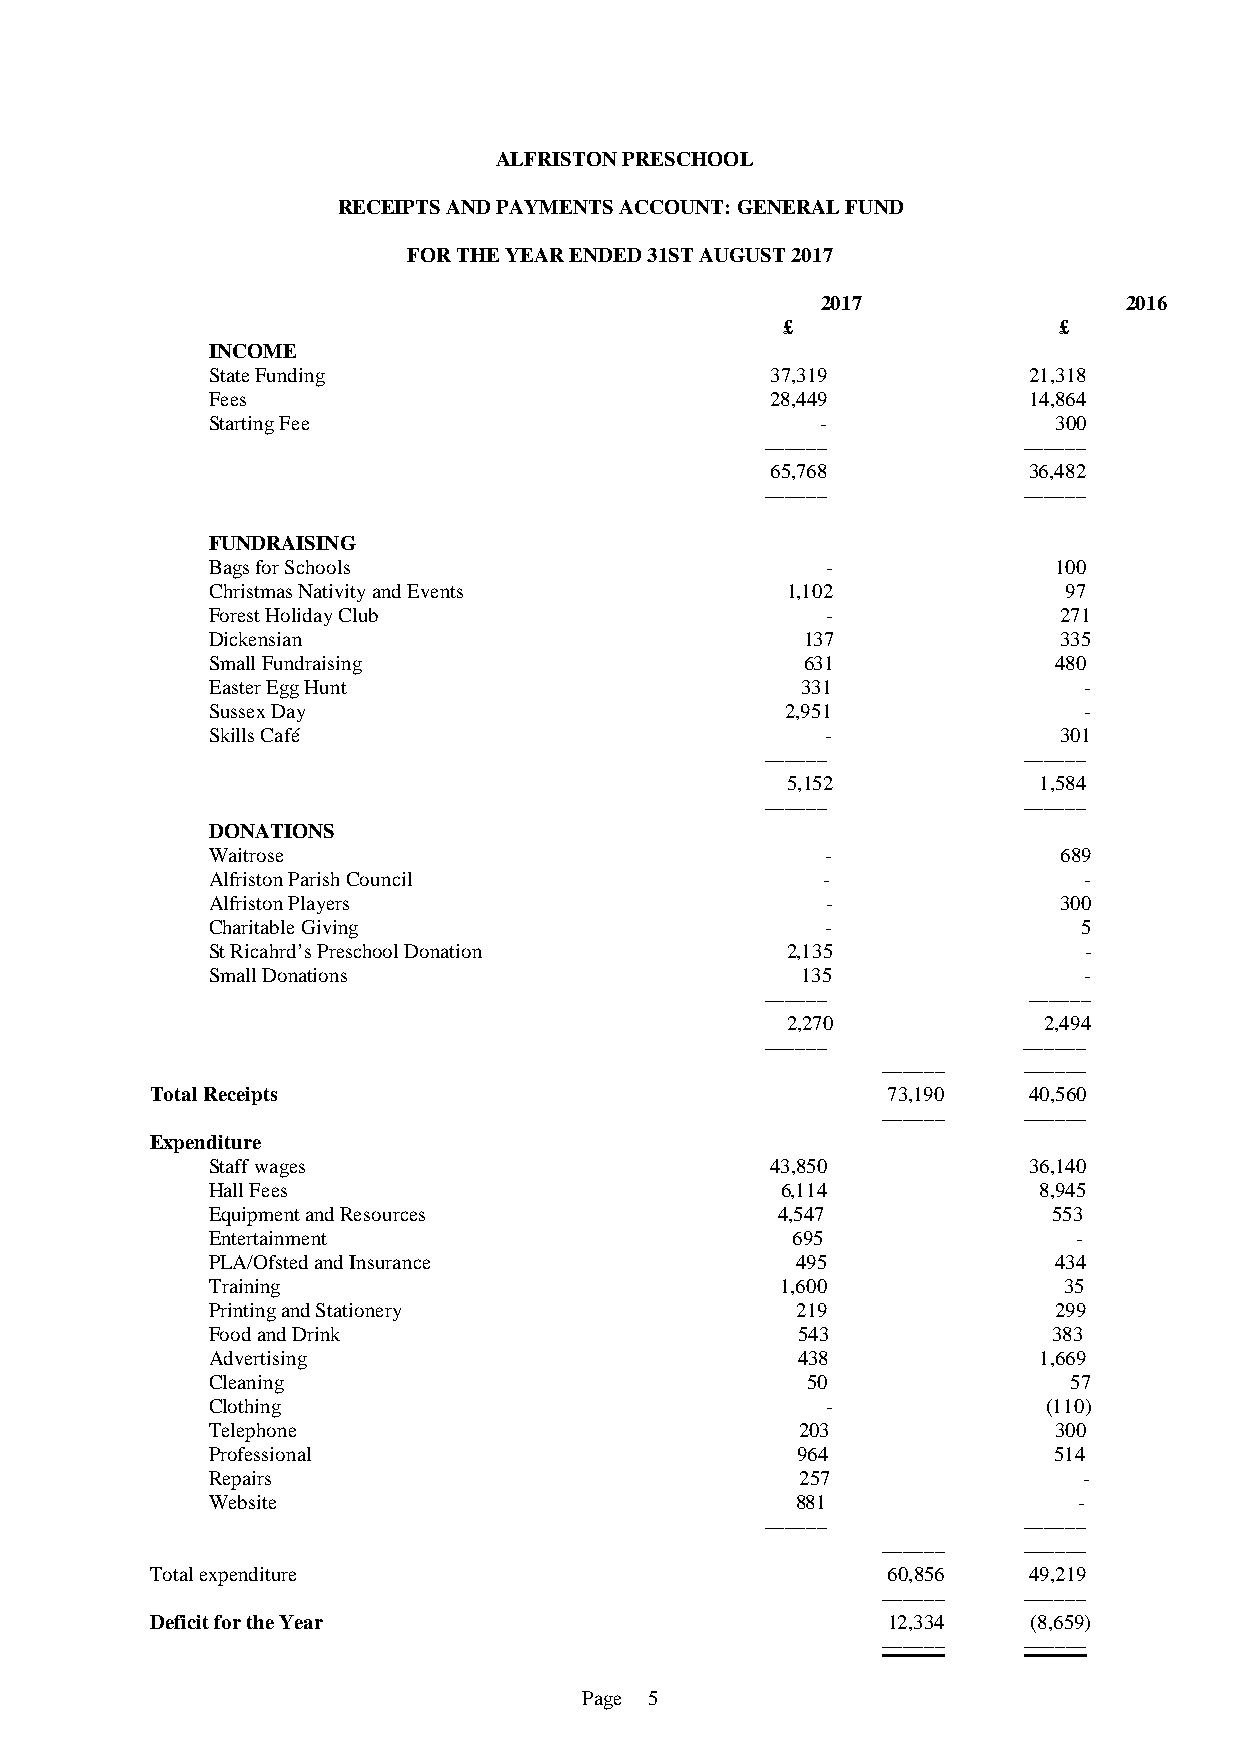
ALFRISTON PRESCHOOL
 RECEIPTS AND PAYMENTS ACCOUNT: GENERAL FUND
 FOR THE YEAR ENDED 31ST AUGUST 2017
 2017                2016
 £                 £
 INCOME
 State Funding                        37,319           21,318
 Fees                                 28,449           14,864
 Starting Fee                            -               300
 ––––––           ––––––
 65,768           36,482
 ––––––           ––––––
 FUNDRAISING
 Bags for Schools                         -              100
 Christmas Nativity and Events         1,102             97
 Forest Holiday Club                      -              271
 Dickensian                             137              335
 Small Fundraising                      631              480
 Easter Egg Hunt                        331                -
 Sussex Day                            2,951               -
 Skills Café                              -              301
 ––––––           ––––––
 5,152            1,584
 ––––––           ––––––
 DONATIONS
 Waitrose                                 -              689
 Alfriston Parish Council                -                 -
 Alfriston Players                        -              300
 Charitable Giving                        -               5
 St Ricahrd’s Preschool Donation       2,135               -
 Small Donations                        135                -
 ––––––           ––––––
 2,270            2,494
 ––––––           ––––––
 ––––––    ––––––
 Total Receipts                                   73,190   40,560
 ––––––    ––––––
 Expenditure
 Staff wages                          43,850           36,140
 Hall Fees                             6,114            8,945
 Equipment and Resources              4,547              553
 Entertainment                         695                -
 PLA/Ofsted and Insurance               495              434
 Training                              1,600             35
 Printing and Stationery                219              299
 Food and Drink                         543              383
 Advertising                            438             1,669
 Cleaning                               50                57
 Clothing                                 -             (110)
 Telephone                              203              300
 Professional                           964              514
 Repairs                                257                -
 Website                                881               -
 ––––––           ––––––
 ––––––    ––––––
 Total expenditure                                60,856   49,219
 ––––––    ––––––
 Deficit for the Year                             12,334   (8,659)
 ––––––    ––––––
 Page 5